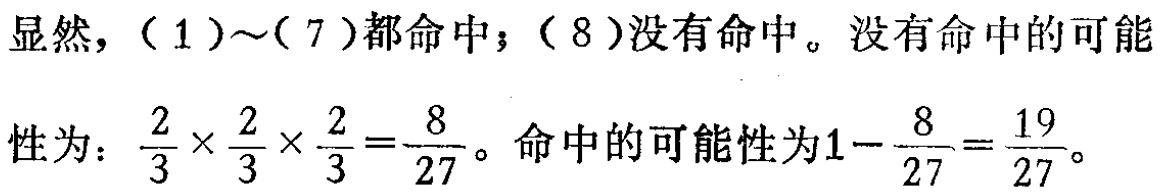
显然，（1）～（7）都命中；（8）没有命中。没有命中的可能性为：\(\frac{2}{3} \times \frac{2}{3} \times \frac{2}{3} = \frac{8}{27}\)。命中的可能性为\(1 - \frac{8}{27} = \frac{19}{27}\)。